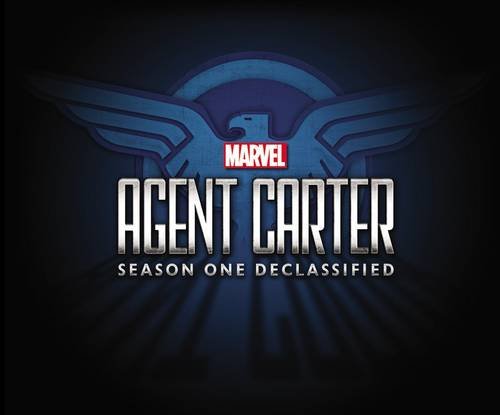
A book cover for Marvel's Agent Carter: Season One Declassified; Marvel Comics; Comics & Graphic Novels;